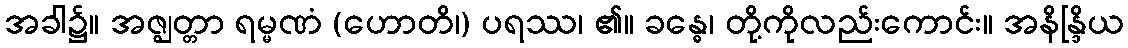
အခါ၌။ အဇ္ဈတ္တာ ရမ္မဏံ (ဟောတိ၊) ပရဿ၊ ၏။ ခန္ဓေ၊ တို့ကိုလည်းကောင်း။ အနိန္ဒြိယ